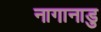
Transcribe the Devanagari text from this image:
नागानाडु